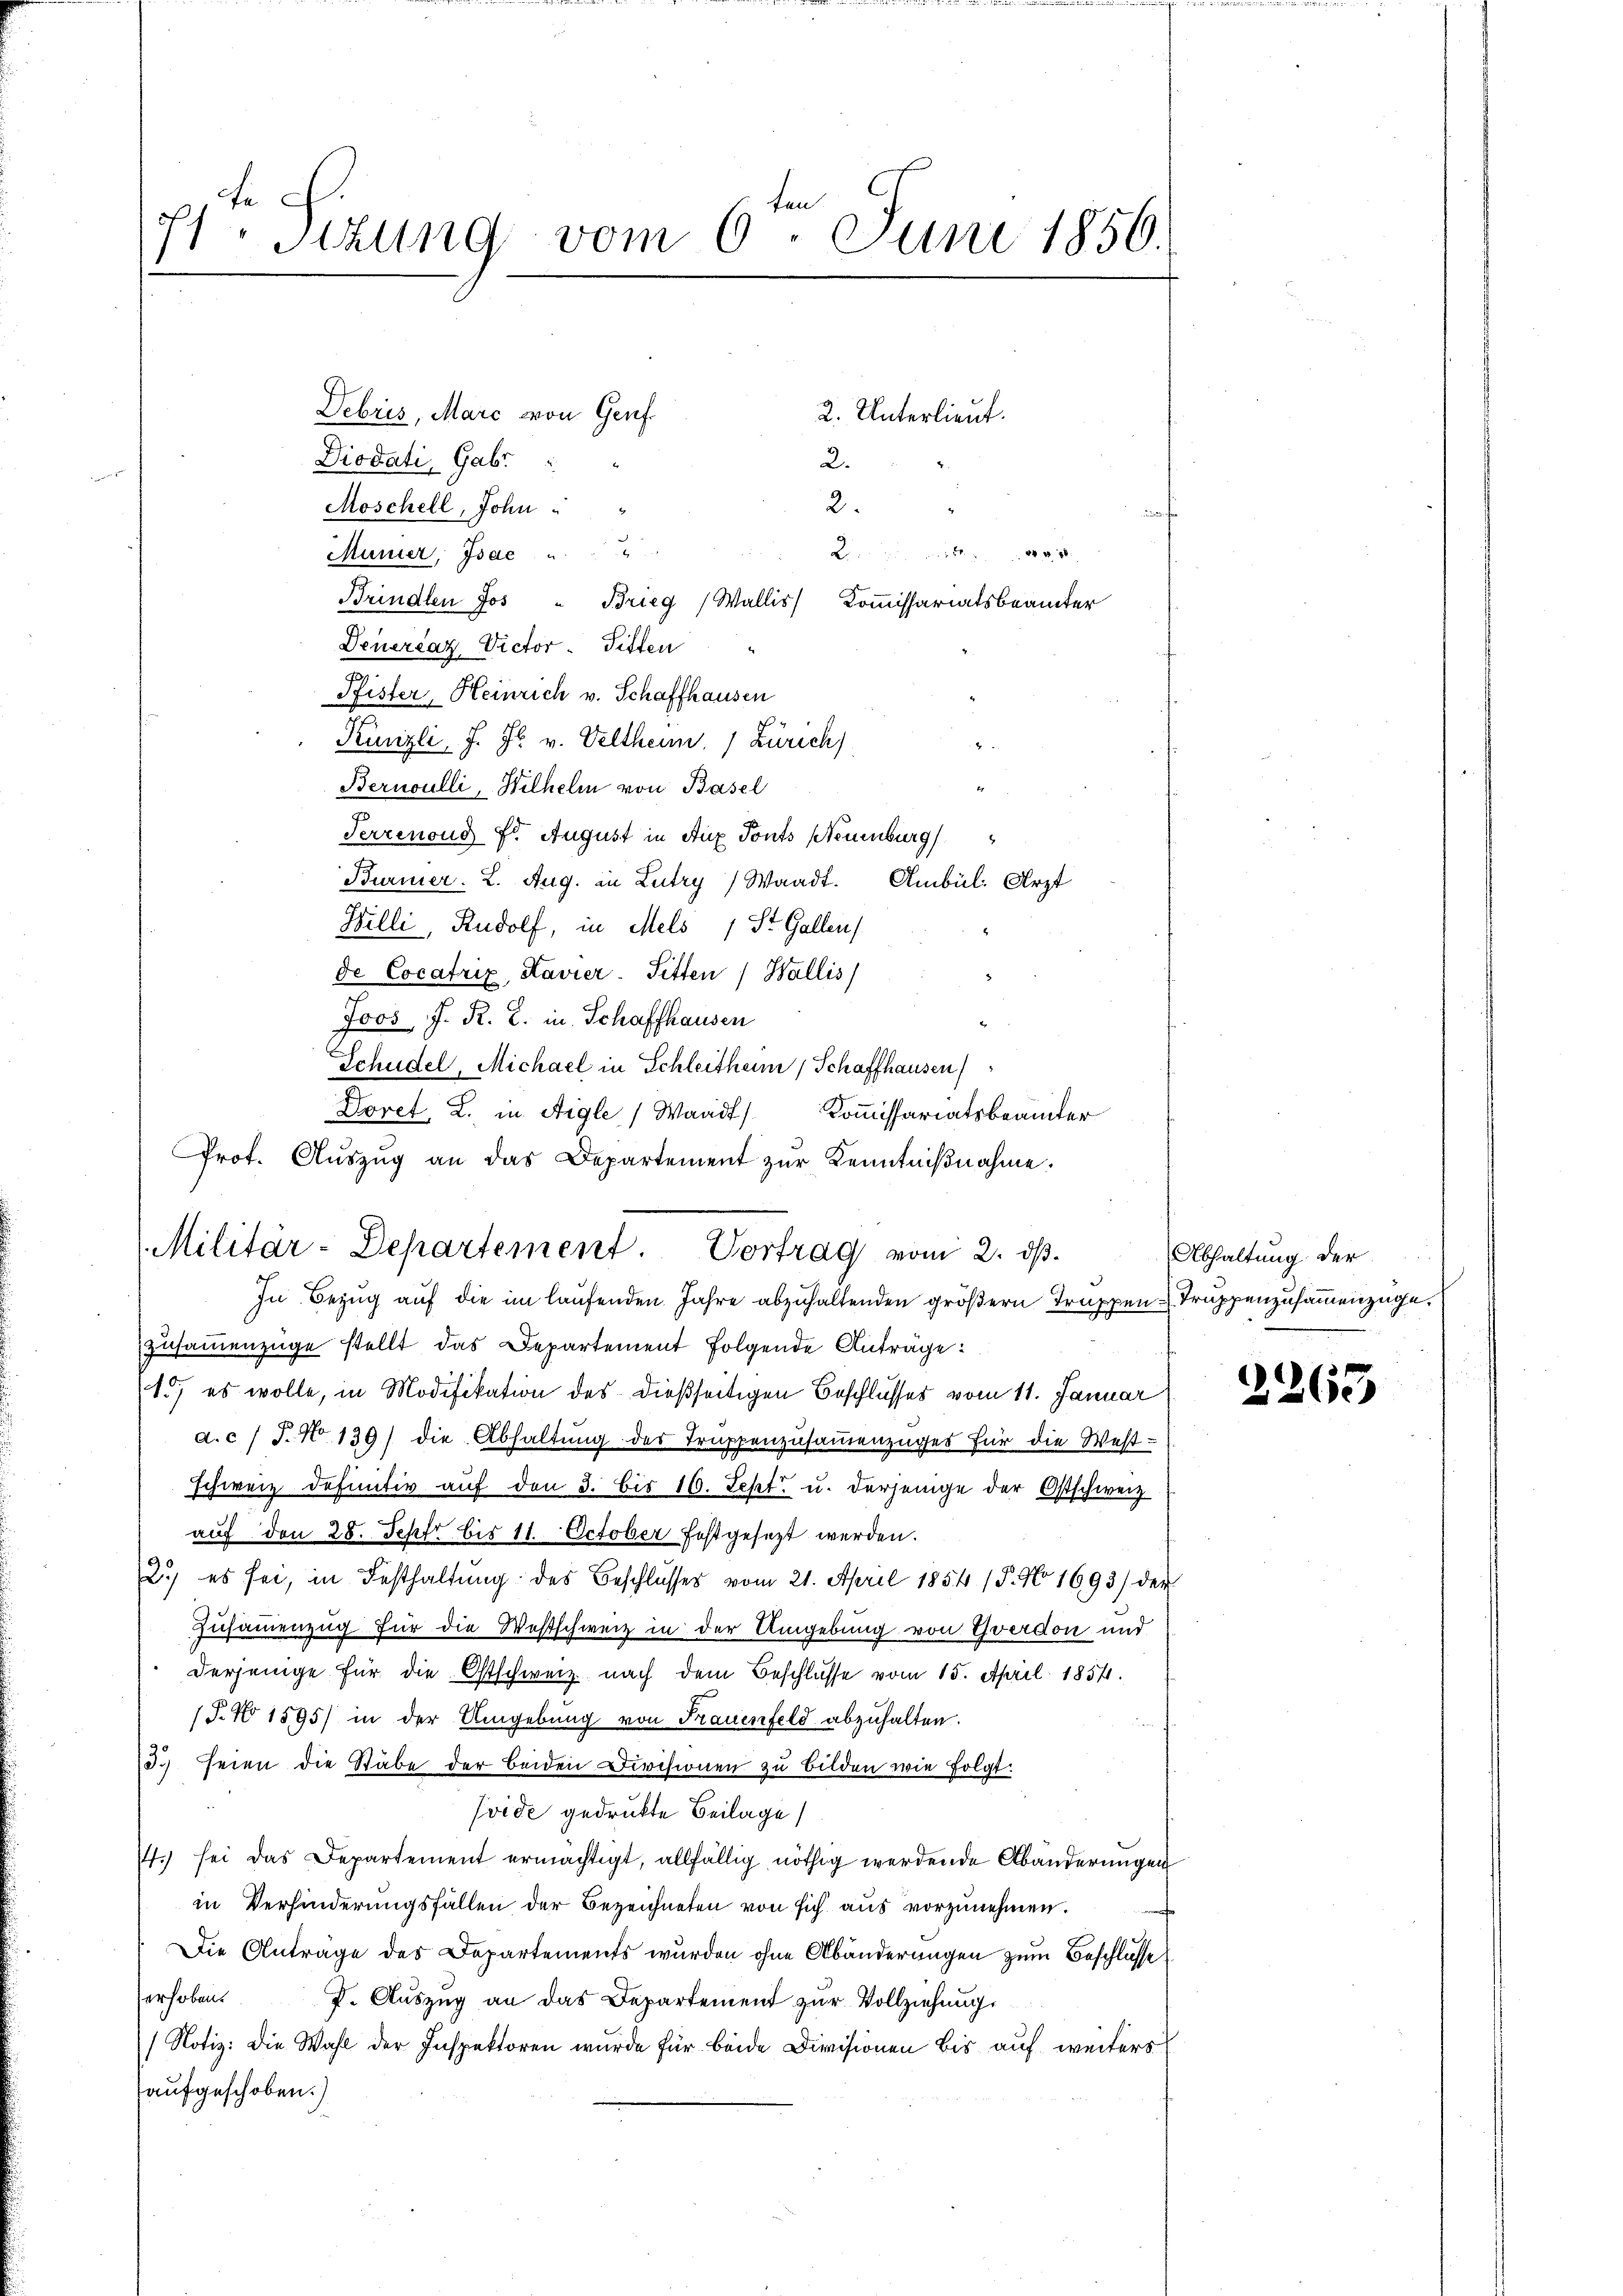
ten
Sitzung vom 6. Juni 1856.
7

Debris, Marc von Genf
Diodati, Gabr
Moschell, John
Mumier, Isac u
Brindlen Jos " Brieg ( Wallis Kommissariatsbeamter
Deuercaz Victor Titten
Pfister, Heinrich v. Schaffhausen
Künzli, J. J. v. Veltheim, (Zürich)
Bernoulli, Wilhelm von Basel
7
Serrenoud fr. August in Aux Ponts Neuenburg
Bürmer. 2. Aug. in Lutry, Waadt. Ambül: Arzt
Billi, Rudolf, in Mels 1 St. Gallen,
de Cocatrix, Kavier-Sitten Wallis)
Joos, J. R. Z. in Schaffhausen
Schüdel, Michael in Schleitheim, Schaffhausen
Doret, 2. in Aigle (Waadt) Kommissariatsbeamter
Prot. Aŭszŭg an das Departement zŭr Kenntniβnahme.
In Bezug auf die im laufenden Jahre abzuhaltenden größern Truppen-Truppenzusammenzüge.
zusammenzüge stellt das Departement folgende Antrage:
1.) es wolle, in Modifikation des dießseitigen Beschlusses vom 11. Januar
d.c / J. No 139) die Abhaltung des Truppenzusammenzuges für die West-
schweiz definitiv auf den 3. bis 16. Sept. u. derjenige der Ostschweiz
auf den 28. Fehr bis 11. October festgesezt werden.
2) es sei, in Festhaltung des Beschlusses vom 21. April 1854 / P. No 1693/ der
Zusammenzug für die Westschweiz in der Umgebung von Yverdon und
derjenige für die Ostschweiz. nach dem Beschlüsse vom 15. April 1854.
(T. No 1595) in der Umgebung von Frauenfeld abzuhalten.
3. seien die Stäbe der beiden Divisionen zu bilden wie folgt.
vide gedrukte Beilage
7. sei das Departement ermächtigt, allfällig nöthig werdende Abänderungen
in Verhinderungsfällen der Bezeichneten von sich aus vorzunehmen.
¬
Die Anträge des Departements wurden ohne Abänderungen zum Beschlusse
erhoben.
J. Auszug an das Departement zur Vollziehung.
Notiz: die Wahl der Inspektoren wurde für beide Divisionen bis auf weiters
aufgeschoben.)

2. Unterlieut.
2.
2.
8

Militär-Departement. Vortrag vom 2. ds.

Abhaltung der

2263